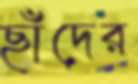
ছাঁদের